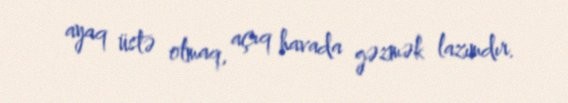
ayaq üstə olmaq, açıq havada gəzmək lazımdır.